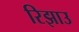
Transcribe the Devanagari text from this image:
रिझाउ